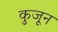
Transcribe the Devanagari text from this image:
कुजून